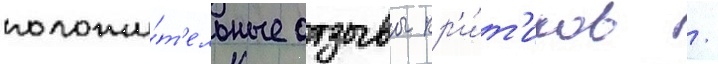
положи́т'ельные отзывы кр'и́т'иков /